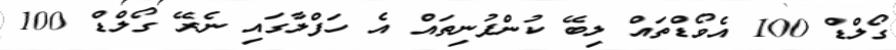
ގޯލްޑް 100 އެވޯޑްތައް ލިބޭ ކުންފުނިތައް އެ ހަފްލާގައި ނެރޭ ގޯލްޑް 100